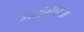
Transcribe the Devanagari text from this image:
मल्टीमीडिआ